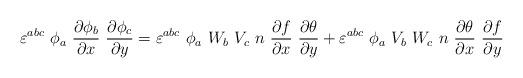
LaTeX: \begin{align*}\varepsilon^{abc}~\phi_a~\frac{\partial\phi_b}{\partial x}~\frac{\partial\phi_c}{\partial y}=\varepsilon^{abc}~\phi_a~W_b~V_c~n~\frac{\partial f}{\partial x}~\frac{\partial\theta}{\partial y}+\varepsilon^{abc}~\phi_a~V_b~W_c~n~\frac{\partial\theta}{\partial x}~\frac{\partial f}{\partial y}\end{align*}